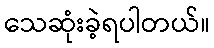
သေဆုံးခဲ့ရပါတယ်။